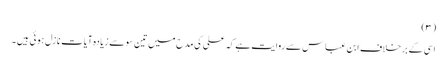
(٣)
اسی کے برخلاف ابن عباس سے روایت ہے کہ علی کی مدح میں تین سو سے زیادہ آیات نازل ہوئی ہیں ۔